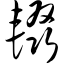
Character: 辍